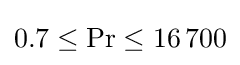
0.7\leq \mathrm {Pr} \leq 16\,700